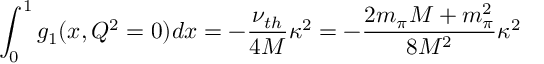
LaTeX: \int _ { 0 } ^ { 1 } g _ { 1 } ( x , Q ^ { 2 } = 0 ) d x = - \frac { \nu _ { t h } } { 4 M } \kappa ^ { 2 } = - \frac { 2 m _ { \pi } M + m _ { \pi } ^ { 2 } } { 8 M ^ { 2 } } \kappa ^ { 2 }